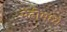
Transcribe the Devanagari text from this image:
मेंढीमध्ये